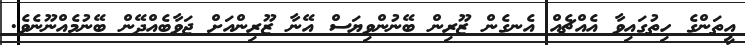
އީތަންގެ ހިތުގައިވާ އެއްޗެއް އެނގެން ޒޫރިން ބޭނުންވިޔަސް އޭނާ ޒޫރިންއަށް ޖަވާބެއްދޭން ބޭނުމެއްނޫނެވެ.